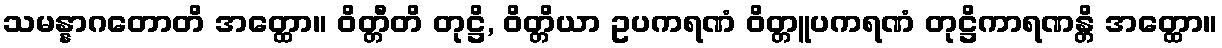
သမန္နာဂတောတိ အတ္ထော။ ဝိတ္တီတိ တုဋ္ဌိ, ဝိတ္တိယာ ဥပကရဏံ ဝိတ္တူပကရဏံ တုဋ္ဌိကာရဏန္တိ အတ္ထော။